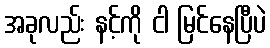
အခုလည်း နင့်ကို ငါ မြင်နေပြီပဲ